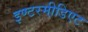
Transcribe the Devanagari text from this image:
इण्टरमी़डिएट